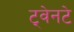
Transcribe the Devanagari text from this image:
ट्वेनटे